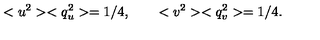
< u ^ { 2 } > < q _ { u } ^ { 2 } > = 1 / 4 , \qquad < v ^ { 2 } > < q _ { v } ^ { 2 } > = 1 / 4 .